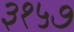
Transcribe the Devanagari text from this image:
३१५७